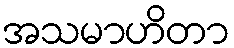
အသမာဟိတာ